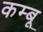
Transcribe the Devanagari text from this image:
कम्बू